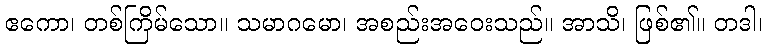
ဧကော၊ တစ်ကြိမ်သော။ သမာဂမော၊ အစည်းအဝေးသည်။ အာသိ၊ ဖြစ်၏။ တဒါ၊